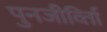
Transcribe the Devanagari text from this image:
पुनजीर्व्ताि